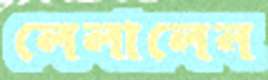
লেলালেন